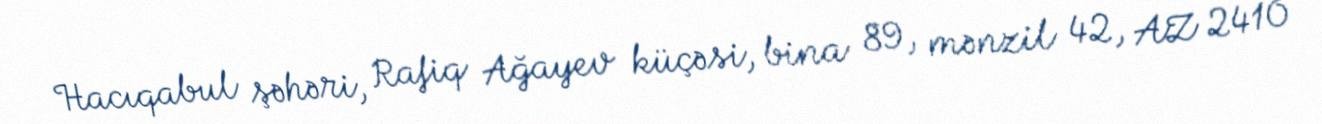
Hacıqabul şəhəri, Rafiq Ağayev küçəsi, bina 89, mənzil 42, AZ 2410